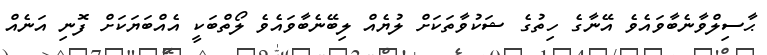
ޙާސިލްވާނެބާވައެވެ އޭނާގެ ހިތުގެ ޝަކުވާތަކަށް ލުޔެއް ލިބޭނެބާވައެވެ ލޯތްބަކީ އެއްބަޔަކަށް ފޮނި އަނެއް